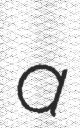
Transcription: a